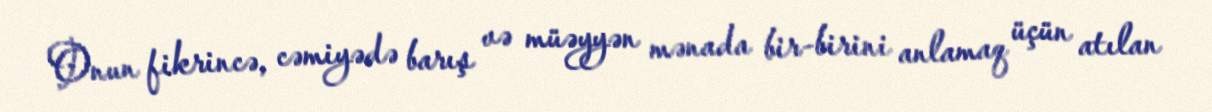
Onun fikrincə, cəmiyədə barış və müəyyən mənada bir-birini anlamaq üçün atılan